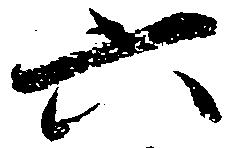
六